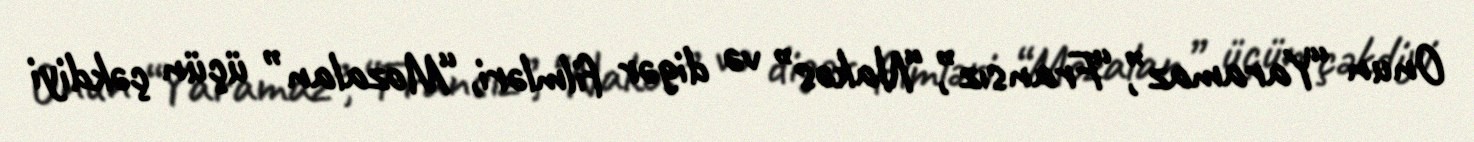
Onun “Yaramaz”, “Fransız”, “Nakəs” və digər filmləri, “Mozalan” üçün çəkdiyi